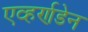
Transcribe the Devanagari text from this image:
एव्हर्णडेन